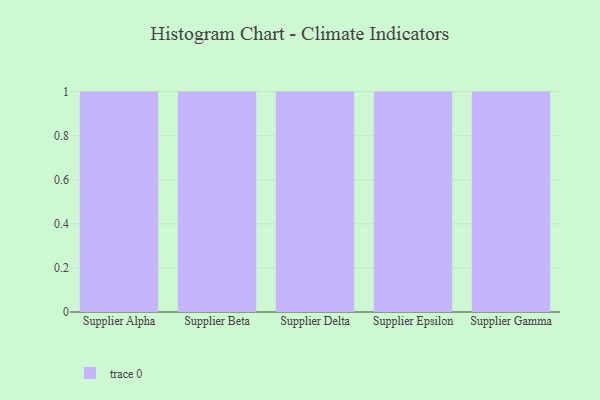
{"axis": {"x": "Supplier", "y": "Headcount"}, "legend": [""], "data": [{"x": "Supplier Alpha", "y": 50, "type": ""}, {"x": "Supplier Beta", "y": 47, "type": ""}, {"x": "Supplier Delta", "y": 4, "type": ""}, {"x": "Supplier Epsilon", "y": 89, "type": ""}, {"x": "Supplier Gamma", "y": 50, "type": ""}]}